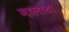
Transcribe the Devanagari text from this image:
गालाचा